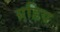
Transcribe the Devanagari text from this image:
ग्रहिय